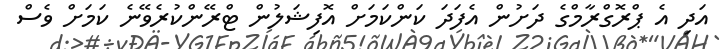
އަދި އެ ޕްރޮގްރާމްގެ ދަށުން އެފަދަ ކަންކަމަށް އޮޮފިޝަލުން ޓްރޭންކުރެވޭނެ ކަމަށް ވެސް